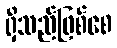
ရှိသည်ဖြစ်စေ